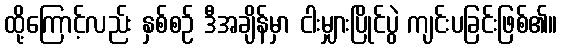
ထို့ကြောင့်လည်း နှစ်စဉ် ဒီအချိန်မှာ ငါးမျှားပြိုင်ပွဲ ကျင်းပခြင်းဖြစ်၏။